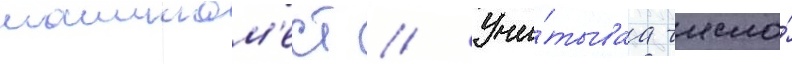
машином'ест // Учи́тываа число́